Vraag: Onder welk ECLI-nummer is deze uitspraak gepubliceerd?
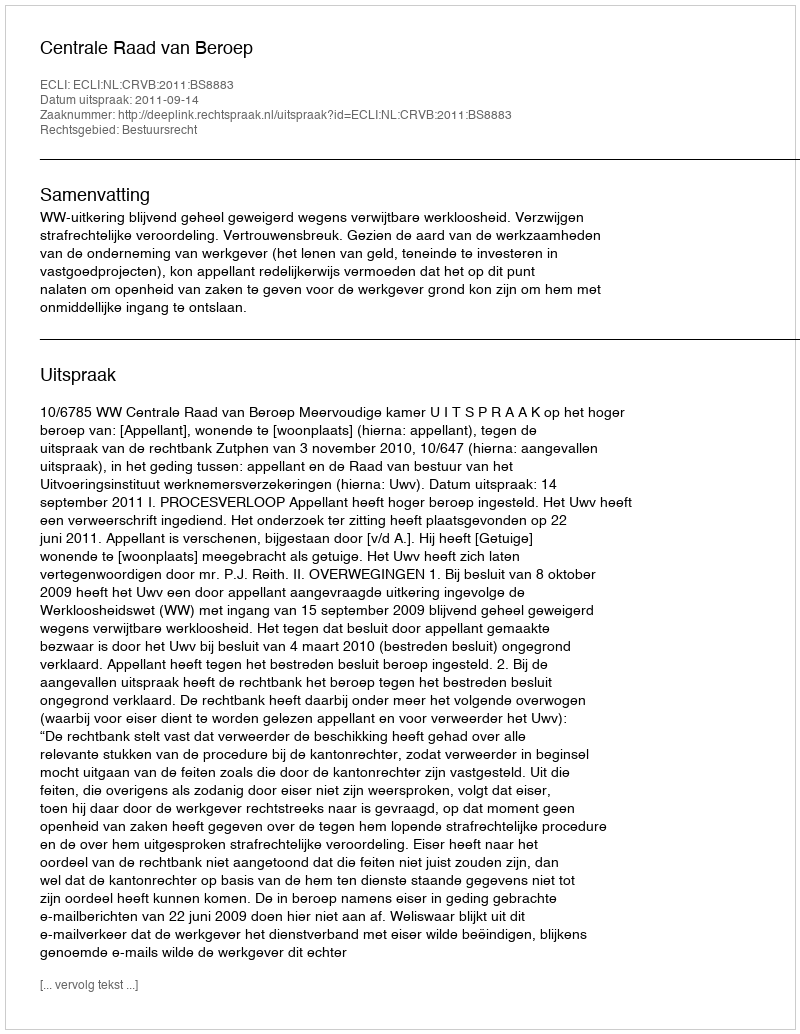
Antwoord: ECLI:NL:CRVB:2011:BS8883